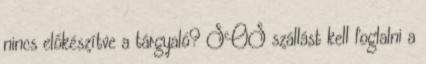
nincs előkészítve a tárgyaló? SOS szállást kell foglalni a